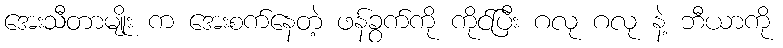
အေးသီတာမျိုး က အေးစက်နေတဲ့ ဖန်ခွက်ကို ကိုင်ပြီး ဂလု ဂလု နဲ့ ဘီယာကို